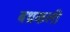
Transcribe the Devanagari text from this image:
बथ्रकली